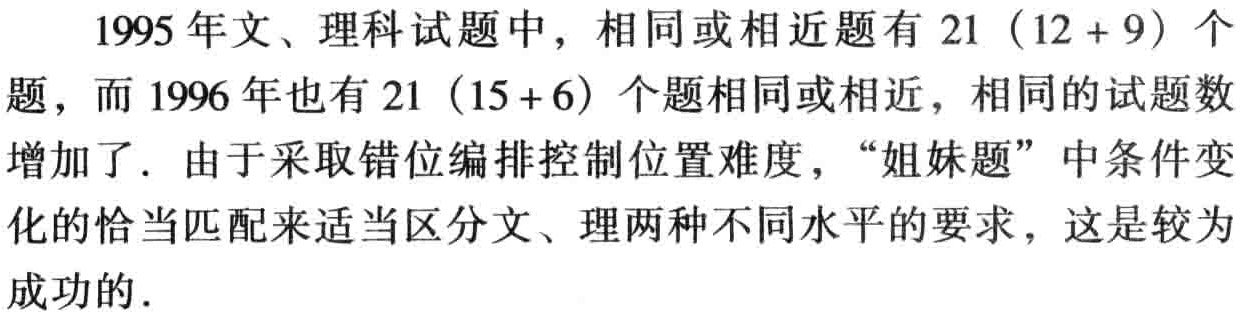
1995 年文、理科试题中，相同或相近题有 \(21\ (12 + 9)\) 个题，而 1996 年也有 \(21\ (15 + 6)\) 个题相同或相近，相同的试题数增加了．由于采取错位编排控制位置难度，“姐妹题”中条件变化的恰当匹配来适当区分文、理两种不同水平的要求，这是较为成功的．